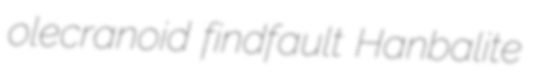
olecranoid findfault Hanbalite